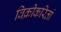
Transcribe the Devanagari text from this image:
विक्रीकरितां